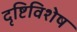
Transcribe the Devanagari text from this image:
दृष्टिविशेष